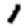
Digit: 1